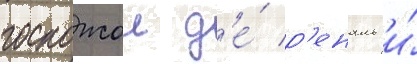
госпожои д'е́ р'еналь и́